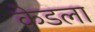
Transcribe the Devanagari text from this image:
केडला